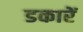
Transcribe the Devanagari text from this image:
डकारें